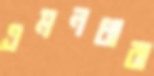
এমনধারা